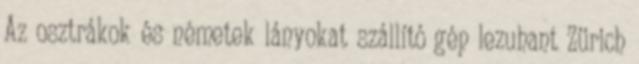
Az osztrákok és németek lányokat szállító gép lezuhant Zürich